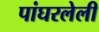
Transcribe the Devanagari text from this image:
पांघरलेली